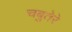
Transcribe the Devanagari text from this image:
चबुतेरे